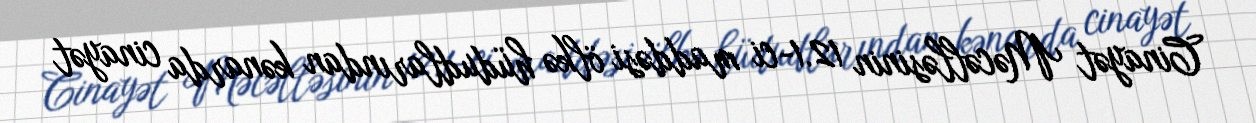
Cinayət Məcəlləsinin 12.1-ci maddəsi ölkə hüdudlarından kənarda cinayət